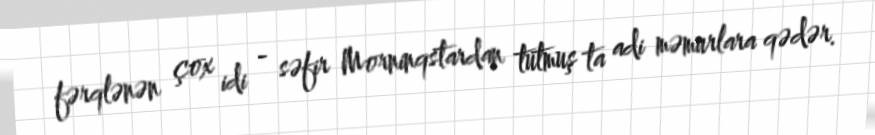
fərqlənən çox idi - səfir Morninqstardan tutmuş ta adi məmurlara qədər.